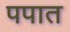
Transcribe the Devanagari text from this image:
पपात